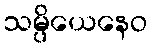
သမ္ပိယေနေဝ